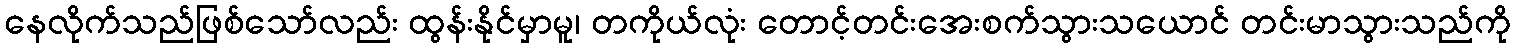
နေလိုက်သည်ဖြစ်သော်လည်း ထွန်းနိုင်မှာမူ၊ တကိုယ်လုံး တောင့်တင်းအေးစက်သွားသယောင် တင်းမာသွားသည်ကို